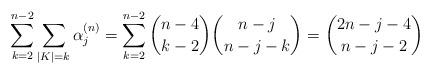
LaTeX: \begin{align*} \sum_{k=2}^{n-2} \sum_{|K|=k} \alpha_{j}^{(n)} = \sum_{k=2}^{n-2} \binom{n-4}{k-2} \binom{n-j}{n-j-k} = \binom{2n-j-4}{n-j-2} \end{align*}